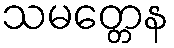
သမတ္တေန